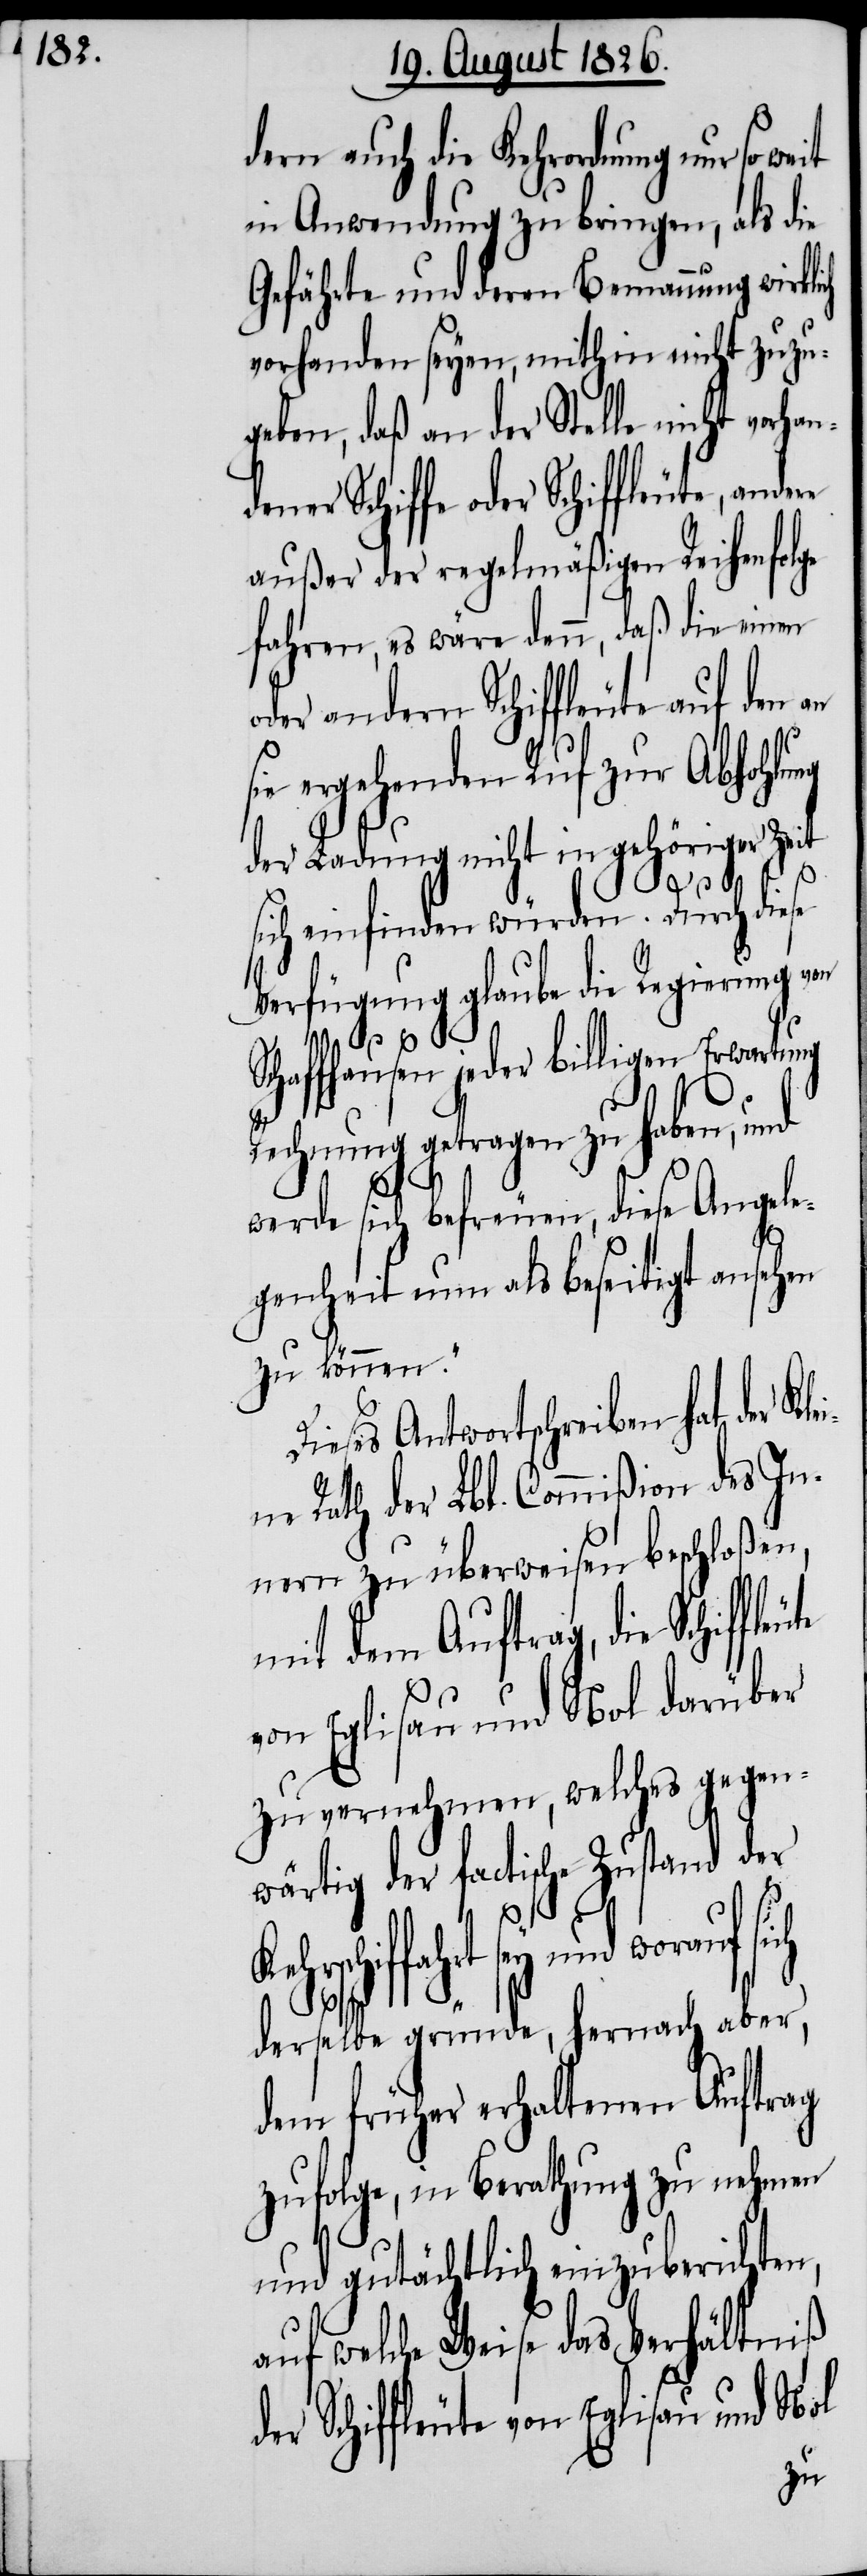
dern auch die Kehrordnung nur so
in Anwendung zu bringen, als die
Gefährte und deren Bemannung wirkli¬
vorhanden seyen, mithin nicht zuzu¬
geben, daß an der Stelle nicht vorha¬
dener Schiffe oder Schiffleute,
außer der regelmäßigen Reihenfolge
fahren, es wäre denn, daß die einen
oder andern Schiffleute auf den an
sie ergehenden Ruf zur Abhohlung
der Ladung nicht in gehöriger Zeit
ch
sich einfinden würden. Durch diese
Verfügung glaube die Regierung von
n jeder billigen Erwartung
D¬
leute
Rechnung getragen zu haben, und
werde sich befreuen, diese Angele¬
genheit nun als beseitigt ansehen
zu können.“
ieses Antwortschreiben hat der K¬
ne Rath der Lbl. Commißion des In¬
nern zu überweisen beschloßen,
mit dem Auftrag, die Schiff¬
von Eglisau und Nol darüber
zu vernehmen, welches gegen¬
wärtig der factische Zustand der
Kehr¬
schifffahrt sey und worauf si¬
ch
derselbe gründe, hernach aber,
dem früher erhaltenen Auftrag
zufolge, in Berathung zu nehmen
und gutächtlich einzuberichten,
auf welche Weise das Verhältniß
der Schiffleute von Eglisau und Nol